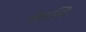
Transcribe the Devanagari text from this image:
नटसि